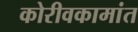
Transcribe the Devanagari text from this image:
कोरीवकामांत